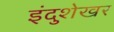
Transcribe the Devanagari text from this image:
इंदुशेखर